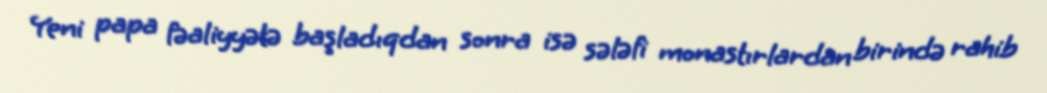
Yeni papa fəaliyyətə başladıqdan sonra isə sələfi monastırlardan birində rahib